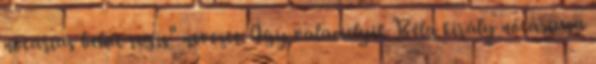
notarius belae regis" nevezte. Így valamelyik Béla király nótáriusa